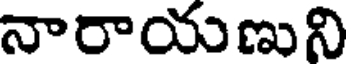
నారాయుణుని